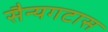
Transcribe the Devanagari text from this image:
सैन्यगटास